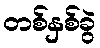
တစ်နှစ်ခွဲ